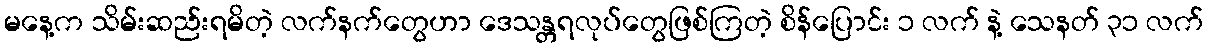
မနေ့က သိမ်းဆည်းရမိတဲ့ လက်နက်တွေဟာ ဒေသန္တရလုပ်တွေဖြစ်ကြတဲ့ စိန်ပြောင်း ၁ လက် နဲ့ သေနတ် ၃၁ လက်